Scottish Leaving Certificate Examination, 1959
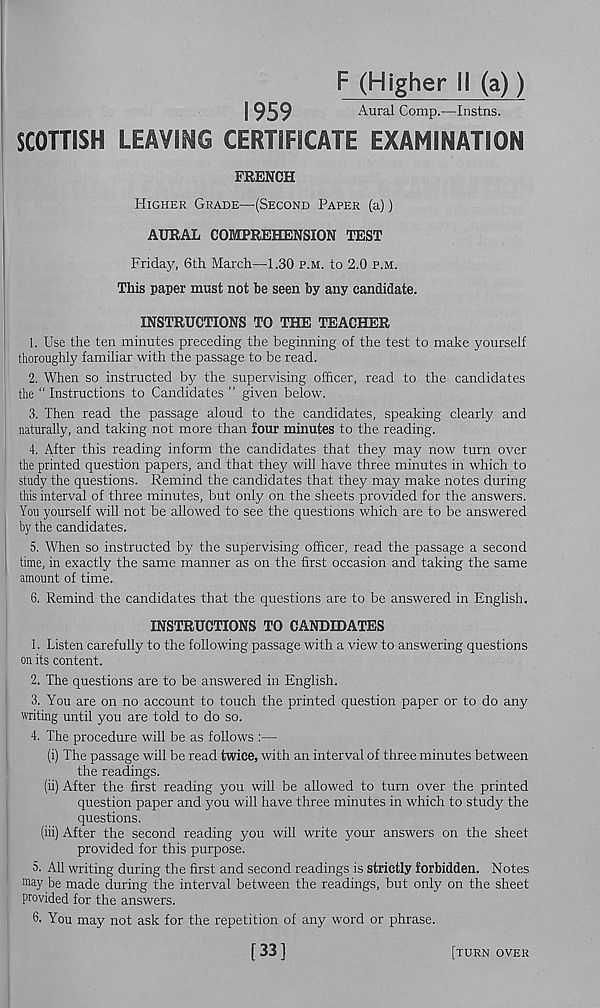
F (Higher I! (a))
1959
Aural Comp.—Instns.
SCOTTISH LEAVING CERTIFICATE EXAMINATION
FRENCH
Higher Grade—(Second Paper (a))
AURAL COMPREHENSION TEST
Friday, 6th March—1.30 p.m. to 2.0 p.m.
This paper must not be seen by any candidate.
INSTRUCTIONS TO THE TEACHER
1. Use the ten minutes preceding the beginning of the test to make yourself
thoroughly familiar with the passage to be read.
2. When so instructed by the supervising officer, read to the candidates
the “ Instructions to Candidates ” given below.
3. Then read the passage aloud to the candidates, speaking clearly and
naturally, and taking not more than four minutes to the reading.
4. After this reading inform the candidates that they may now turn over
the printed question papers, and that they will have three minutes in which to
study the questions. Remind the candidates that they may make notes during
this interval of three minutes, but only on the sheets provided for the answers.
You yourself will not be allowed to see the questions which are to be answered
by the candidates.
5. When so instructed by the supervising officer, read the passage a second
time, in exactly the same manner as on the first occasion and taking the same
amount of time.
6. Remind the candidates that the questions are to be answered in English.
INSTRUCTIONS TO CANDIDATES
1. Listen carefully to the following passage with a view to answering questions
on its content.
2. The questions are to be answered in English.
3. You are on no account to touch the printed question paper or to do any
writing until you are told to do so.
4. The procedure will be as follows :—
(i) The passage will be read twice, with an interval of three minutes between
the readings.
(ii) After the first reading you will be allowed to turn over the printed
question paper and you will have three minutes in which to study the
questions.
(iii) After the second reading you will write your answers on the sheet
provided for this purpose.
5. All writing during the first and second readings is strictly forbidden. Notes
ffl ay be made during the interval between the readings, but only on the sheet
provided for the answers.
You may not ask for the repetition of any word or phrase.
[33]
[turn over